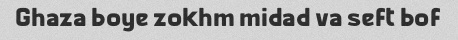
Ghaza boye zokhm midad va seft bof